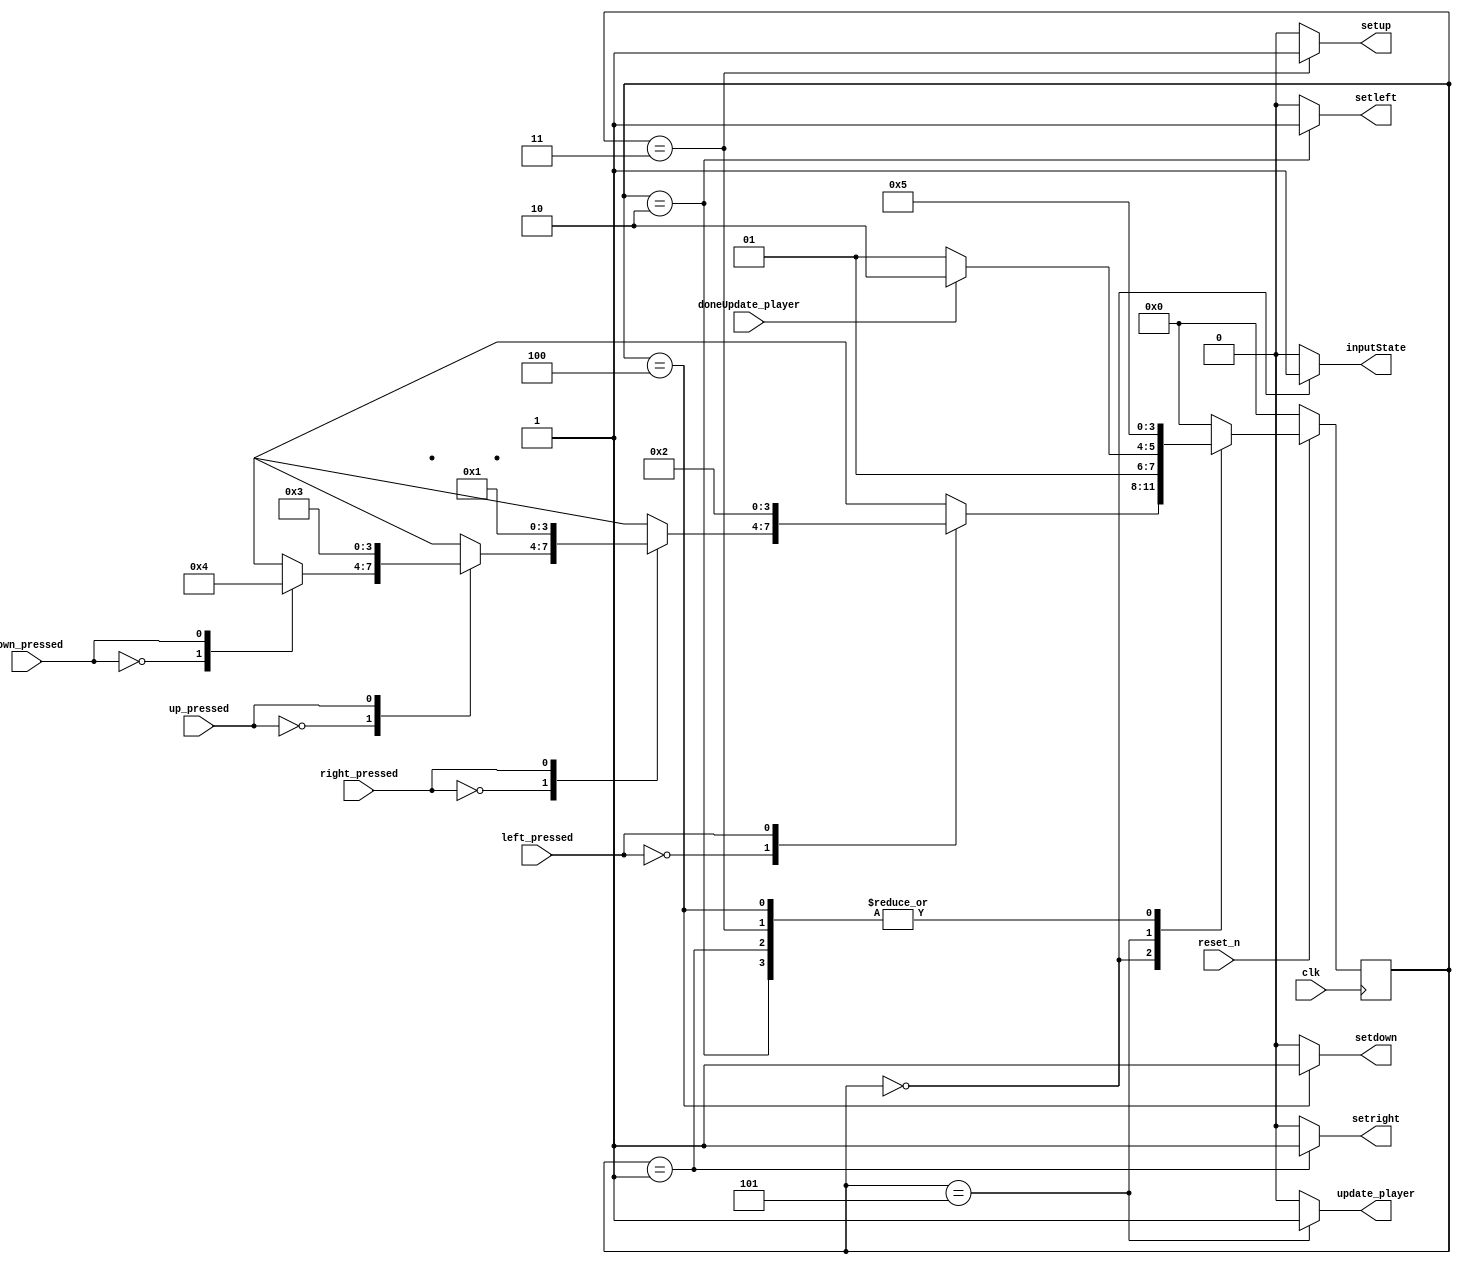
//maybe not needed
module playerControl(
	input clk, reset_n,
	input left_pressed, right_pressed, up_pressed, down_pressed,
	input doneUpdate_player,
	output reg inputState, update_player, setleft, setright, setup, setdown
	);
	
	reg [3:0] current_state, next_state;
	
	localparam  S_INPUT = 4'd0,
				SET_RIGHT = 4'd1,
				SET_LEFT = 4'd2,
				SET_UP = 4'd3,
				SET_DOWN = 4'd4,
				UPDATE_POSITION = 4'd5,
				S_WAIT = 4'd6;
				

	always@(*)
    begin: state_table 
            case (current_state)
					S_INPUT: begin
						case (left_pressed)
							1'b0: begin
								case (right_pressed)
									1'b0: begin
										case (up_pressed)	
											1'b0: begin 
												case (down_pressed) 
													1'b0: next_state = S_INPUT;
													1'b1: next_state = SET_DOWN;
												endcase
											end
											1'b1: next_state = SET_UP;
										endcase
									end			
									1'b1: next_state = SET_RIGHT;
								endcase
							end	
							1'b1: next_state = SET_LEFT;
						endcase
					end	
					UPDATE_POSITION: next_state = (doneUpdate_player)? S_WAIT: UPDATE_POSITION;
					S_WAIT: next_state = S_INPUT;
					SET_LEFT: next_state = UPDATE_POSITION;
					SET_RIGHT: next_state = UPDATE_POSITION;
					SET_UP: next_state = UPDATE_POSITION;
					SET_DOWN: next_state = UPDATE_POSITION;
					
            default: next_state = S_INPUT;
        endcase
    end // state_table
	
	always@(*)
	begin: enable_signals
        // By default make all our signals 0
		  inputState <= 1'b0;
		  update_player <= 1'b0;
		  setleft <= 1'b0; 
		  setright <= 1'b0;
		  setup <= 1'b0;
		  setdown <= 1'b0;

        case (current_state)
				S_INPUT: inputState <= 1'b1; 
				UPDATE_POSITION: update_player <= 1'b1;
				SET_LEFT: begin
					inputState <= 1'b0;
					setleft <= 1'b1;
				end
				SET_RIGHT: begin
					inputState <= 1'b0;
					setright <= 1'b1;
				end
				SET_UP: begin
					setup <= 1'b1;
					inputState <= 1'b0;
				end
				SET_DOWN: begin
					setdown <= 1'b1;
					inputState <= 1'b0;
				end
				S_WAIT: begin
					update_player <= 1'b0;
					setleft <= 1'b0; 
					setright <= 1'b0;
					setup <= 1'b0;
					setdown <= 1'b0;
				end
		endcase
	end
	
	always@(posedge clk)
    begin: state_FFs
        if(!reset_n)
            current_state <= S_INPUT;
        else
            current_state <= next_state;
    end // state_FFS
endmodule